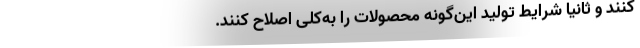
کنند و ثانیاً شرایط تولیدِ این‌گونه محصولات را به‌کلی اصلاح کنند.